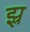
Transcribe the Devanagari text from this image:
झ्र